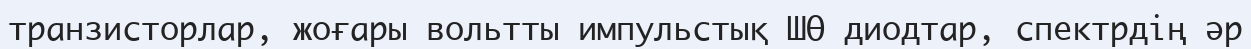
транзисторлар, жоғары вольтты импульстық ШӨ диодтар, спектрдің әр